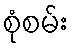
စုံစမ်း